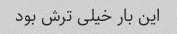
این بار خیلی ترش بود